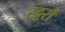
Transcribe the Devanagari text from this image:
टट्टरों